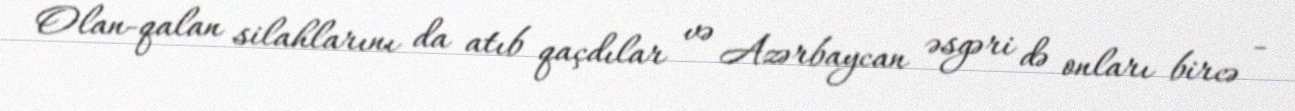
Olan-qalan silahlarını da atıb qaçdılar və Azərbaycan əsgəri də onları bircə -